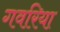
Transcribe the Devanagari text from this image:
गवरिया